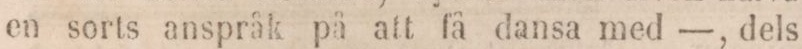
en sorts anspråk på att få dansa med —, dels